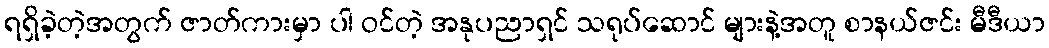
ရရှိခဲ့တဲ့အတွက် ဇာတ်ကားမှာ ပါ ဝင်တဲ့ အနုပညာရှင် သရုပ်ဆောင် များနဲ့အတူ စာနယ်ဇင်း မီဒီယာ